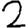
Digit: 2